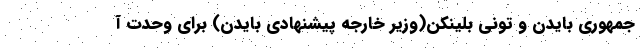
جمهوری بایدن و تونی بلینکن(وزیر خارجه پیشنهادی بایدن) برای وحدت آ